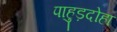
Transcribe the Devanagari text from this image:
पाहुड़दोहा